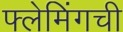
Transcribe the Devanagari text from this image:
फ्लेमिंगची